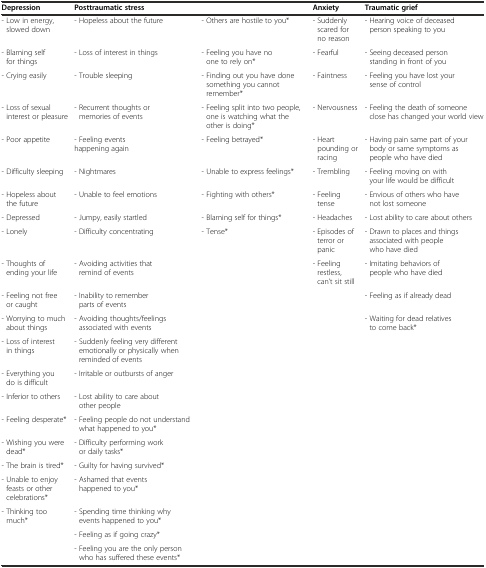
| Depression | <COLSPAN=2> Posttraumatic stress | Anxiety | Traumatic grief |
 | --- | --- | --- | --- | --- |
 | - Low in energy, slowed down | - Hopeless about the future | - Others are hostile to you* | - Suddenly scared for no reason | - Hearing voice of deceased person speaking to you |
 | - Blaming self for things | - Loss of interest in things | - Feeling you have no one to rely on* | - Fearful | - Seeing deceased person standing in front of you |
 | - Crying easily | - Trouble sleeping | - Finding out you have done something you cannot remember* | - Faintness | - Feeling you have lost your sense of control |
 | - Loss of sexual interest or pleasure | - Recurrent thoughts or memories of events | - Feeling split into two people, one is watching what the other is doing* | - Nervousness | - Feeling the death of someone close has changed your world view |
 | - Poor appetite | - Feeling events happening again | - Feeling betrayed* | - Heart pounding or racing | - Having pain same part of your body or same symptoms as people who have died |
 | - Difficulty sleeping | - Nightmares | - Unable to express feelings* | - Trembling | - Feeling moving on with your life would be difficult |
 | - Hopeless about the future | - Unable to feel emotions | - Fighting with others* | - Feeling tense | - Envious of others who have not lost someone |
 | - Depressed | - Jumpy, easily startled | - Blaming self for things* | - Headaches | - Lost ability to care about others |
 | - Lonely | - Difficulty concentrating | - Tense* | - Episodes of terror or panic | - Drawn to places and things associated with people who have died |
 | - Thoughts of ending your life | - Avoiding activities that remind of events |  | - Feeling restless, can’t sit still | - Imitating behaviors of people who have died |
 | - Feeling not free or caught | - Inability to remember parts of events |  |  | - Feeling as if already dead |
 | - Worrying to much about things | - Avoiding thoughts/feelings associated with events |  |  | - Waiting for dead relatives to come back* |
 | - Loss of interest in things | - Suddenly feeling very different emotionally or physically when reminded of events |  |  |  |
 | - Everything you do is difficult | - Irritable or outbursts of anger |  |  |  |
 | - Inferior to others | - Lost ability to care about other people |  |  |  |
 | - Feeling desperate* | - Feeling people do not understand what happened to you* |  |  |  |
 | - Wishing you were dead* | - Difficulty performing work or daily tasks* |  |  |  |
 | - The brain is tired* | - Guilty for having survived* |  |  |  |
 | - Unable to enjoy feasts or other celebrations* | - Ashamed that events happened to you* |  |  |  |
 | - Thinking too much* | - Spending time thinking why events happened to you* |  |  |  |
 |  | - Feeling as if going crazy* |  |  |  |
 |  | - Feeling you are the only person who has suffered these events* |  |  |  |